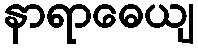
နာရာဓေယျ